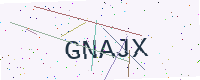
Text: GNAJX